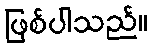
ဖြစ်ပါသည်။